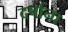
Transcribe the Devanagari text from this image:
दर्षाना